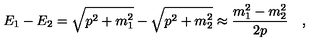
E _ { 1 } - E _ { 2 } = \sqrt { p ^ { 2 } + m _ { 1 } ^ { 2 } } - \sqrt { p ^ { 2 } + m _ { 2 } ^ { 2 } } \approx \frac { m _ { 1 } ^ { 2 } - m _ { 2 } ^ { 2 } } { 2 p } \quad ,